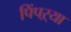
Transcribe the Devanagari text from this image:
पिंपऱ्या